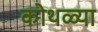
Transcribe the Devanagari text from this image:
कोथळ्या